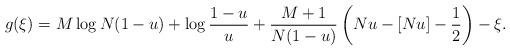
LaTeX: \begin{align*} g(\xi) = M\log N(1-u) +\log\frac{1-u}{u} +\frac{M+1}{N(1-u)} \left(Nu-[Nu] - \frac{1}{2} \right) - \xi. \end{align*}